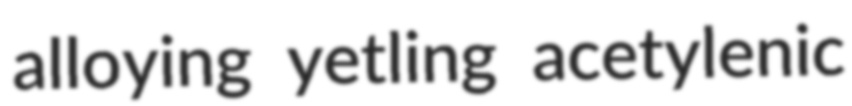
alloying yetling acetylenic